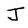
Character: J